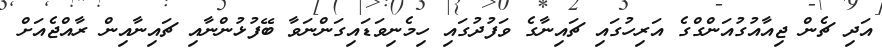
އަދި ޗެން ޖިއާއުގުއަންގްގެ އަރިހުގައި ޗައިނާގެ ވަފުދުގައި ހިމެނިވަޑައިގަންނަވާ ބޭފުޅުންނާއި ޗައިނާއިން ރާއްޖެއަށް